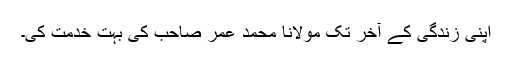
اپنی زندگی کے آخر تک مولانا محمد عمر صاحب کی بہت خدمت کی۔